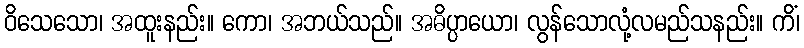
ဝိသေသော၊ အထူးနည်း။ ကော၊ အဘယ်သည်။ အဓိပ္ပာယော၊ လွန်သောလုံ့လမည်သနည်း။ ကိံ၊